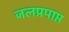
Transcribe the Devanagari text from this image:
जलप्रपाप्त